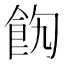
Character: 䬨